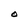
Character: O